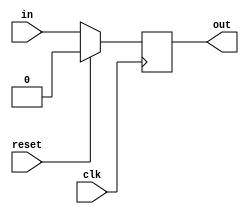
module dff3(in,clk,out,reset);

input reset;   
input in;      //input signal
input clk;
output out;  //output of dff
reg out;

	always @(posedge clk)
		begin
			if(reset==1)           
				begin
					out<=0;
				end
			else
				begin
					out<=in;
				end
		end
		
endmodule